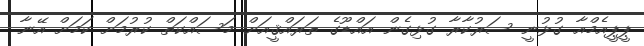
ޕީޕީއެމްއާ ގުޅުނީ ސަރުކާރާ ގުޅިގެން އައްޑޫގެ ތަރައްޤީއަށް މަސައްކަތް ކުރުމަށް ކަމަށް އޭނާ